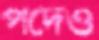
পদেও